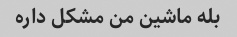
بله ماشین من مشکل داره